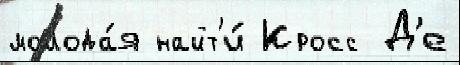
молода́я найт'и́ Кросс Д'е